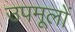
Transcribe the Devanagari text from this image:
उपमूलों